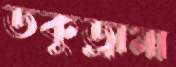
ডকুড্রামা